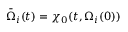
\bar { \Omega } _ { i } ( t ) = \boldsymbol { \chi } _ { 0 } ( t , \Omega _ { i } ( 0 ) )